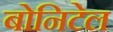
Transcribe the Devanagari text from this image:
बोनिटेल